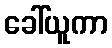
ခေါ်ယူကာ